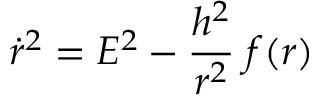
\dot { r } ^ { 2 } = E ^ { 2 } - \frac { h ^ { 2 } } { r ^ { 2 } } \; f ( r )